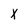
Character: X